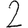
Digit: 2